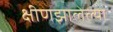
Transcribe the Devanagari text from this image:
क्षीणझालेल्या